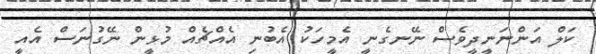
ކަލް އަންނަނީދީވެސް ނޭނގެނީ އެމީހަކު އެބުނި އެއްޗެއް މުޅީން ނޭގުނަސް އެއީ